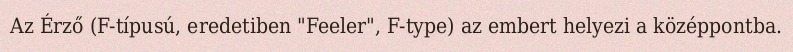
Az Érző (F-típusú, eredetiben "Feeler", F-type) az embert helyezi a középpontba.